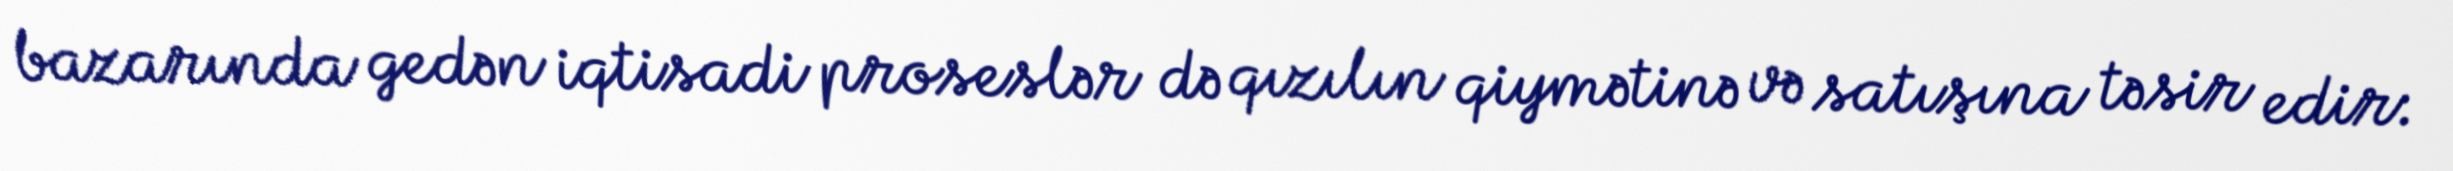
bazarında gedən iqtisadi proseslər də qızılın qiymətinə və satışına təsir edir: